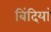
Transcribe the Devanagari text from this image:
बिंदियां